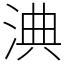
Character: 淟